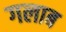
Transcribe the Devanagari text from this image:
गलाब